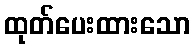
ထုတ်ပေးထားသော